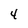
Character: 4